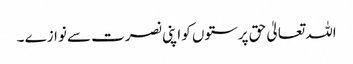
اللہ تعالیٰ حق پرستوں کو اپنی نصرت سے نوازے ۔